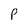
Character: P